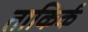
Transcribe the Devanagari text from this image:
ताकिर्क